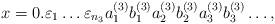
LaTeX: \begin{align*} x= 0.\varepsilon_{1}\ldots\varepsilon_{n_{3}}a^{(3)}_{1}b^{(3)}_{1}a^{(3)}_{2}b^{(3)}_{2}a^{(3)}_{3}b^{(3)}_{3}\ldots,\end{align*}